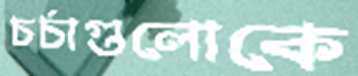
চর্চাগুলোকে